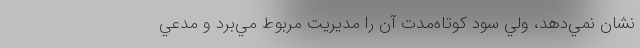
نشان نمي‌دهد، ولي سود كوتاه‌مدت آن را مديريت مربوط مي‌برد و مدعي